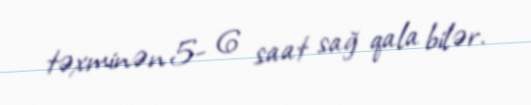
təxminən 5- 6 saat sağ qala bilər.